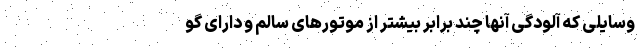
وسایلی که آلودگی آنها چند برابر بیشتر از موتورهای سالم و دارای گو